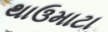
થાઉમાટા